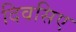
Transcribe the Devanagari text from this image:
दिवसिए